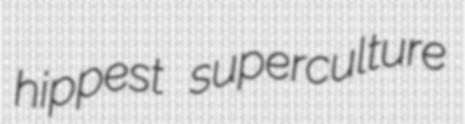
hippest superculture